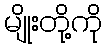
မျိုးတို့ကို